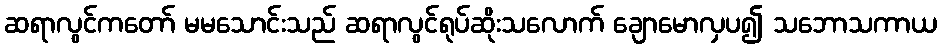
ဆရာလွင်ကတော် မမသောင်းသည် ဆရာလွင်ရုပ်ဆိုးသလောက် ချောမောလှပ၍ သဘောသကာယ